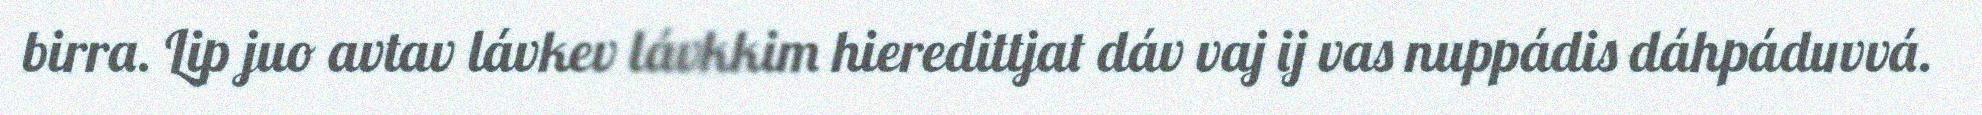
birra. Lip juo avtav lávkev lávkkim hieredittjat dáv vaj ij vas nuppádis dáhpáduvvá.